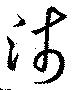
淺